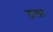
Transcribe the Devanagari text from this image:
ठला